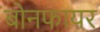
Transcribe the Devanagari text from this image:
बोनफायर